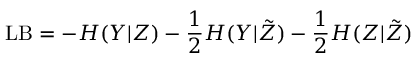
\mathrm { L B } = - H ( Y | Z ) - \frac { 1 } { 2 } H ( Y | \tilde { Z } ) - \frac { 1 } { 2 } H ( Z | \tilde { Z } )